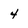
Character: 4